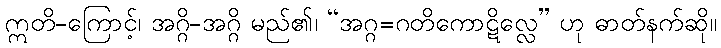
ဣတိ-ကြောင့်၊ အဂ္ဂိ-အဂ္ဂိ မည်၏၊ “အဂ္ဂ=ဂတိကောဋိလ္လေ” ဟု ဓာတ်နက်ဆို။